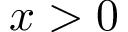
x > 0